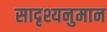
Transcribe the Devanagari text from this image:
सादृश्यनुमान